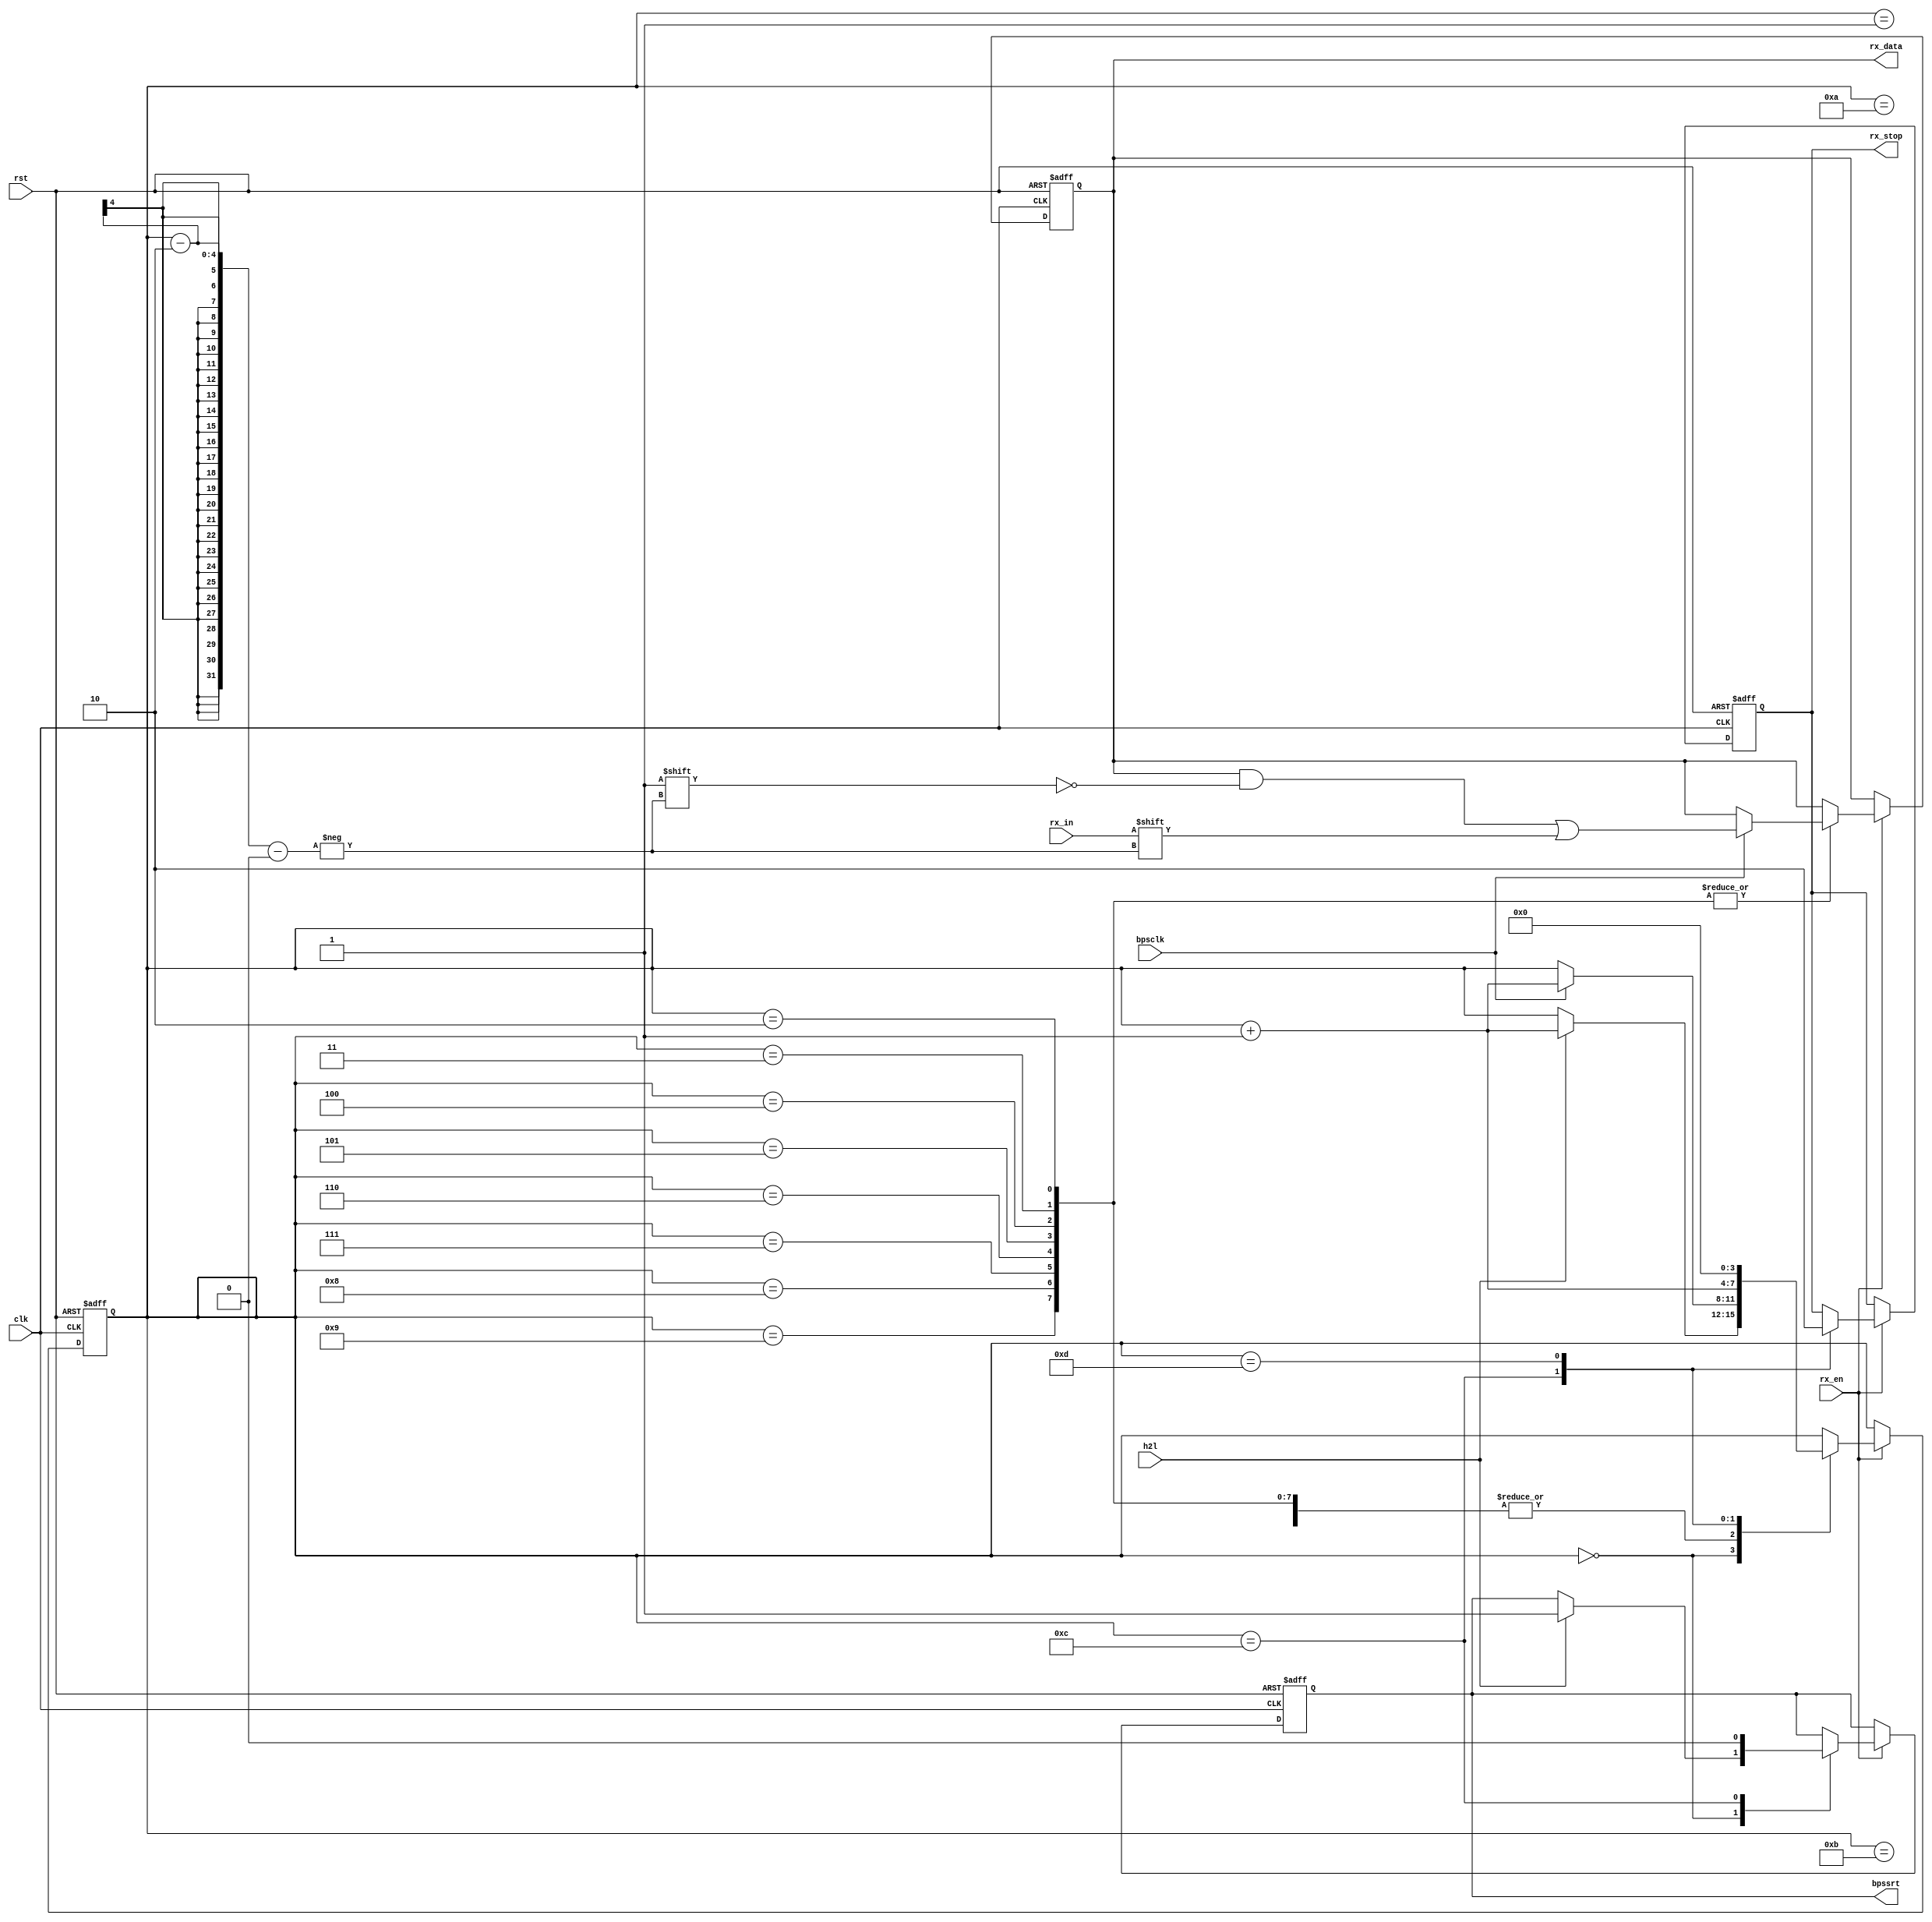
module uart_rx(clk,rst,h2l,rx_in,bpsclk,rx_en,bpssrt,rx_data,rx_stop);
	input clk,rst,h2l,rx_in,bpsclk;	//
	input rx_en;	//
	output bpssrt;	//
	output[7:0] rx_data;	//
	output rx_stop;
	
	reg[3:0] i;
	//018
	//910
	//1113isDone
	reg[7:0] rData;//
	reg isCount;//
	reg isDone;//rx_stop
	always@(posedge clk or negedge rst)
		begin
			if(!rst)
				begin
					i<=4'd0;
					rData<=8'd0;
					isCount<=1'b0;
					isDone<=1'b0;
				end
			else if(rx_en)
				begin
					case(i)
						4'd0: if(h2l) begin i<=i+1'b1; isCount<=1'b1; end	//
						4'd1: if(bpsclk) begin i<=i+1'b1; end	//
						4'd2,4'd3,4'd4,4'd5,4'd6,4'd7,4'd8,4'd9: 	//18
						if(bpsclk) begin i<=i+1'b1; rData[i-2]<=rx_in;	end
						4'd10:
						if(bpsclk)	begin i<=i+1'b1; end
						4'd11:
						if(bpsclk)	begin i<=i+1'b1; end
						4'd12:
						begin i<=i+1'b1; isDone<=1'b1; isCount<=1'b0; end
						4'd13:
						begin i<=4'd0; isDone<=1'b0; end
						default:;
					endcase
				end
		end
	assign bpssrt=isCount;
	assign rx_data=rData;
	assign rx_stop=isDone;
endmodule